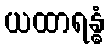
ယထာရန္ဓံ